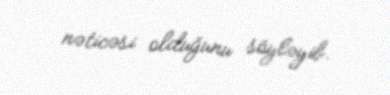
nəticəsi olduğunu söyləyib.